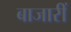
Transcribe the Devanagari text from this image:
बाजारीं